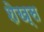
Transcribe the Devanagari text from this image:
शेख्स